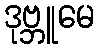
ဒုဗ္ဘူမေ